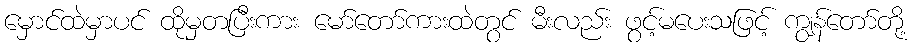
မှောင်ထဲမှာပင် ထိုမှတပြီးကား မော်တော်ကားထဲတွင် မီးလည်း ဖွင့်မပေးသဖြင့် ကျွန်တော်တို့